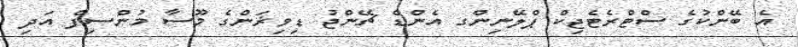
އެ ބޭންކުގެ ސްޓްރެޓެޖިކް ޕްލޭނިންގ އެންޑް ޗޭންޖު ޑިވިޜަންގެ މޫސާ މުންސިފް އަދި